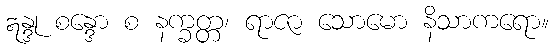
ဣန္ဒု စန္ဒော စ နက္ခတ္တ၊ ရာဇာ သောမော နိသာကရော။